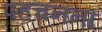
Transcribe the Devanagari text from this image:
पहचनना